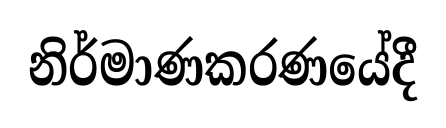
නිර්මාණකරණයේදී